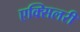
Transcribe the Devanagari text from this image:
एक्सिलरी